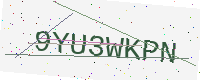
Text: 9YU3WKPN